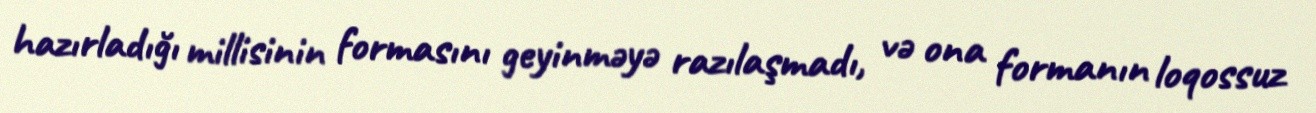
hazırladığı millisinin formasını geyinməyə razılaşmadı, və ona formanın loqossuz